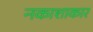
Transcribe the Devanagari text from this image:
नकाशाकार